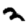
Digit: 2